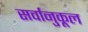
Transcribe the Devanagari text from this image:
सर्वानुकूल